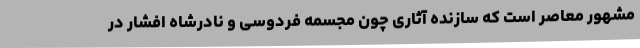
مشهور معاصر است که سازنده آثاری چون مجسمه فردوسی و نادرشاه افشار در